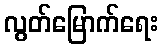
လွတ်မြောက်ရေး